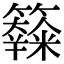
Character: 𥽧